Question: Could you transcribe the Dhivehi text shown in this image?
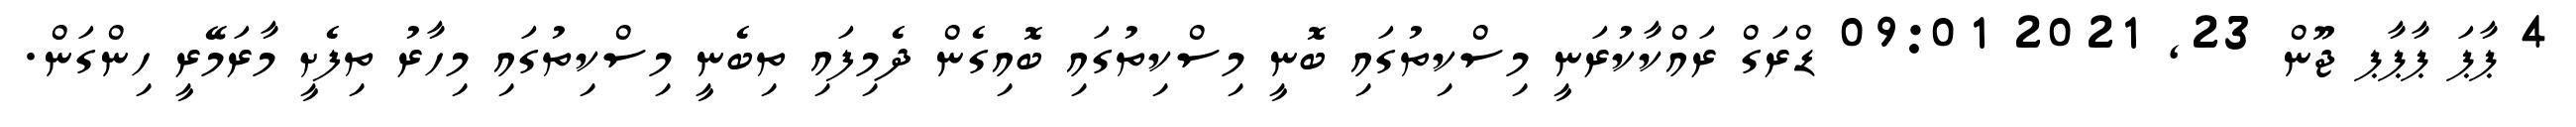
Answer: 4 ޕާޕަ ޕާޕާޕ ޖޫން 23, 2021 09:01 ޑްރަގް ރައްކާކުރަނީ މިސްކިތުގައި ބޮނީ މިސްކިތުގައި ބޮއިގެން ދެމިފައި ތިބެނީ މިސްކިތުގައި މިހާރު ތިފެށީ މާރަމޭރީ ހިންގަން.